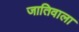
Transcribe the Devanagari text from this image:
जातिवाला